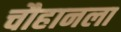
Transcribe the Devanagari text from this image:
चौहानला